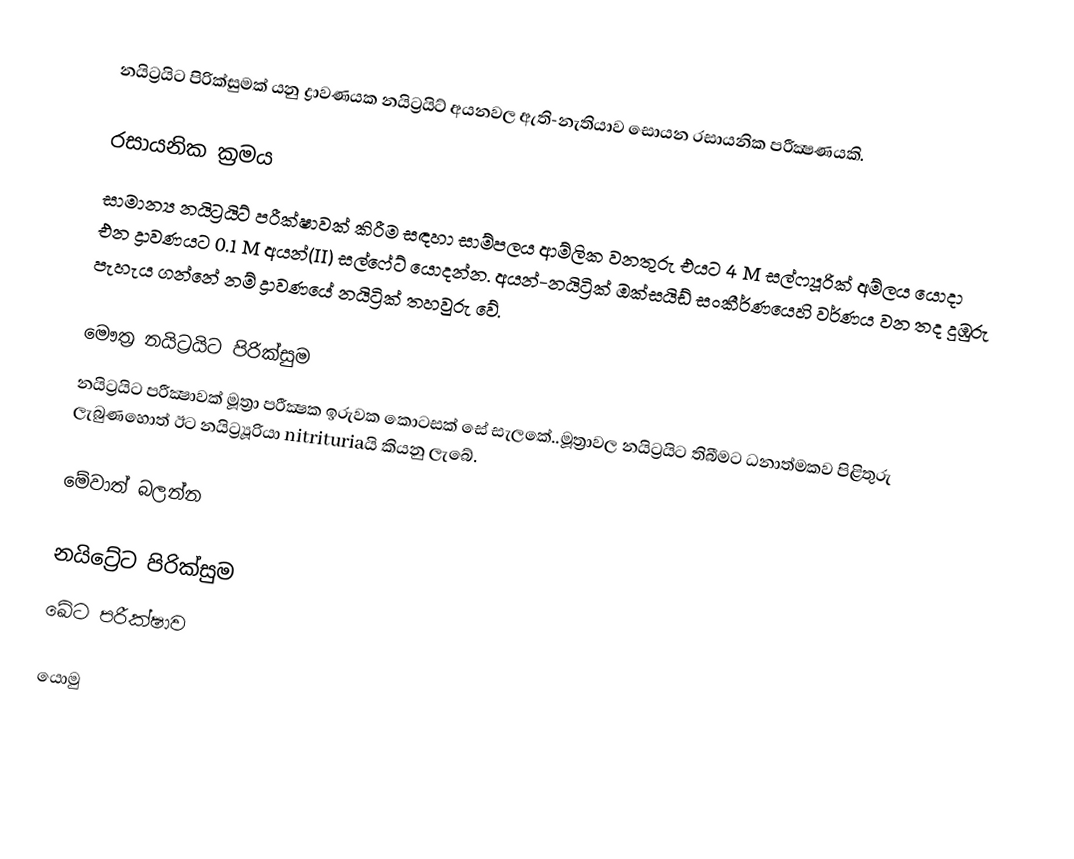
නයිට්‍රයිට පිරික්සුමක් යනු ද්‍රාවණයක නයිට්‍රයිට් අයනවල ඇති-නැතියාව සොයන රසායනික පරීක්‍ෂණයකි.

රසායනික ක්‍රමය
සාමාන්‍ය නයිට්‍රයිට් පරීක්ෂාවක් කිරීම සඳහා සාම්පලය ආම්ලික වනතුරු එයට 4 M සල්ෆ්‍යූරික් අම්ලය යොදා එන ද්‍රාවණයට 0.1 M අයන්(II) සල්ෆේට් යොදන්න. අයන්-නයිට්‍රික් ඔක්සයිඩ් සංකීර්ණයෙහි වර්ණය වන තද දුඹුරු පැහැය ගන්නේ නම් ද්‍රාවණයේ නයිට්‍රික් තහවුරු වේ.

මෞත්‍ර නයිට්‍රයිට පිරික්සුම
නයිට්‍රයිට පරීක්‍ෂාවක් මූත්‍රා පරීක්‍ෂක ඉරුවක කොටසක් සේ සැලකේ..මූත්‍රාවල නයිට්‍රයිට තිබීමට ධනාත්මකව පිළිතුරු ලැබුණහොත් ඊට නයිට්‍ර්‍යූරියා nitrituriaයි කියනු ලැබේ.

මේවාත් බලන්න

 නයිට්‍රේට පිරික්සුම
 ඛේට පරීක්ෂාව

යොමු